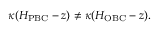
\kappa ( H _ { \mathrm { P B C } } - z ) \neq \kappa ( H _ { \mathrm { O B C } } - z ) .